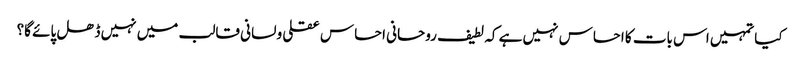
کیا تمہیں اس بات کا احساس نہیں ہے کہ لطیف روحانی احساس عقلی و لسانی قالب میں نہیں ڈھل پائے گا؟